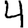
Digit: 4